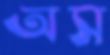
অস